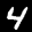
Label: 4